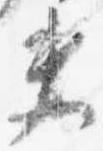
夫